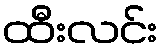
ထီးလင်း